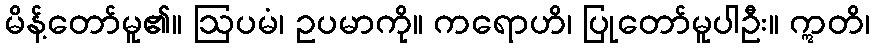
မိန့်တော်မူ၏။ ဩပမံ၊ ဥပမာကို။ ကရောဟိ၊ ပြုတော်မူပါဦး။ ဣတိ၊